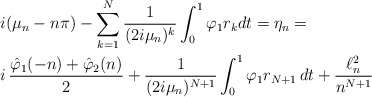
\begin{align*}&i (\mu_n-n\pi)- \sum_{k=1}^N\frac{1}{(2i\mu_n)^k}\int_0^1 \varphi_1r_kdt = \eta_n = \\& i\,\frac{\hat\varphi_1(-n)+\hat\varphi_2(n)}{2}+ \frac{1}{(2i\mu_n)^{N+1}}\int_0^1\varphi_1r_{N+1}\,dt +\frac{\ell^2_n}{n^{N+1}}\end{align*}